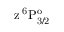
\mathrm { z \, ^ { 6 } P _ { 3 / 2 } ^ { o } }